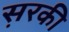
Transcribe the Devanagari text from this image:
स़रकी